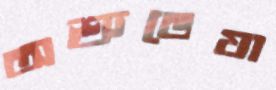
অশ্রুভেযা